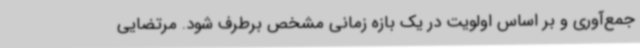
جمع‌آوری و بر اساس اولویت در یک بازه زمانی مشخص برطرف شود. مرتضایی